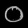
Digit: ၀